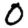
Digit: 0